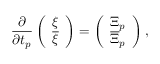
\frac { \partial } { \partial t _ { p } } \left( \begin{array} { c c } { { \xi } } \\ { { { \overline { { \xi } } } } } \end{array} \right) = \left( \begin{array} { c c } { { { \Xi } _ { p } } } \\ { { { \overline { { \Xi } } } _ { p } } } \end{array} \right) ,